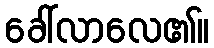
ခေါ်လာလေ၏။